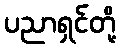
ပညာရှင်တို့